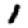
Digit: 1